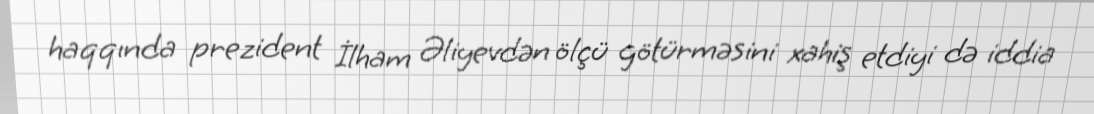
haqqında prezident İlham Əliyevdən ölçü götürməsini xahiş etdiyi də iddia